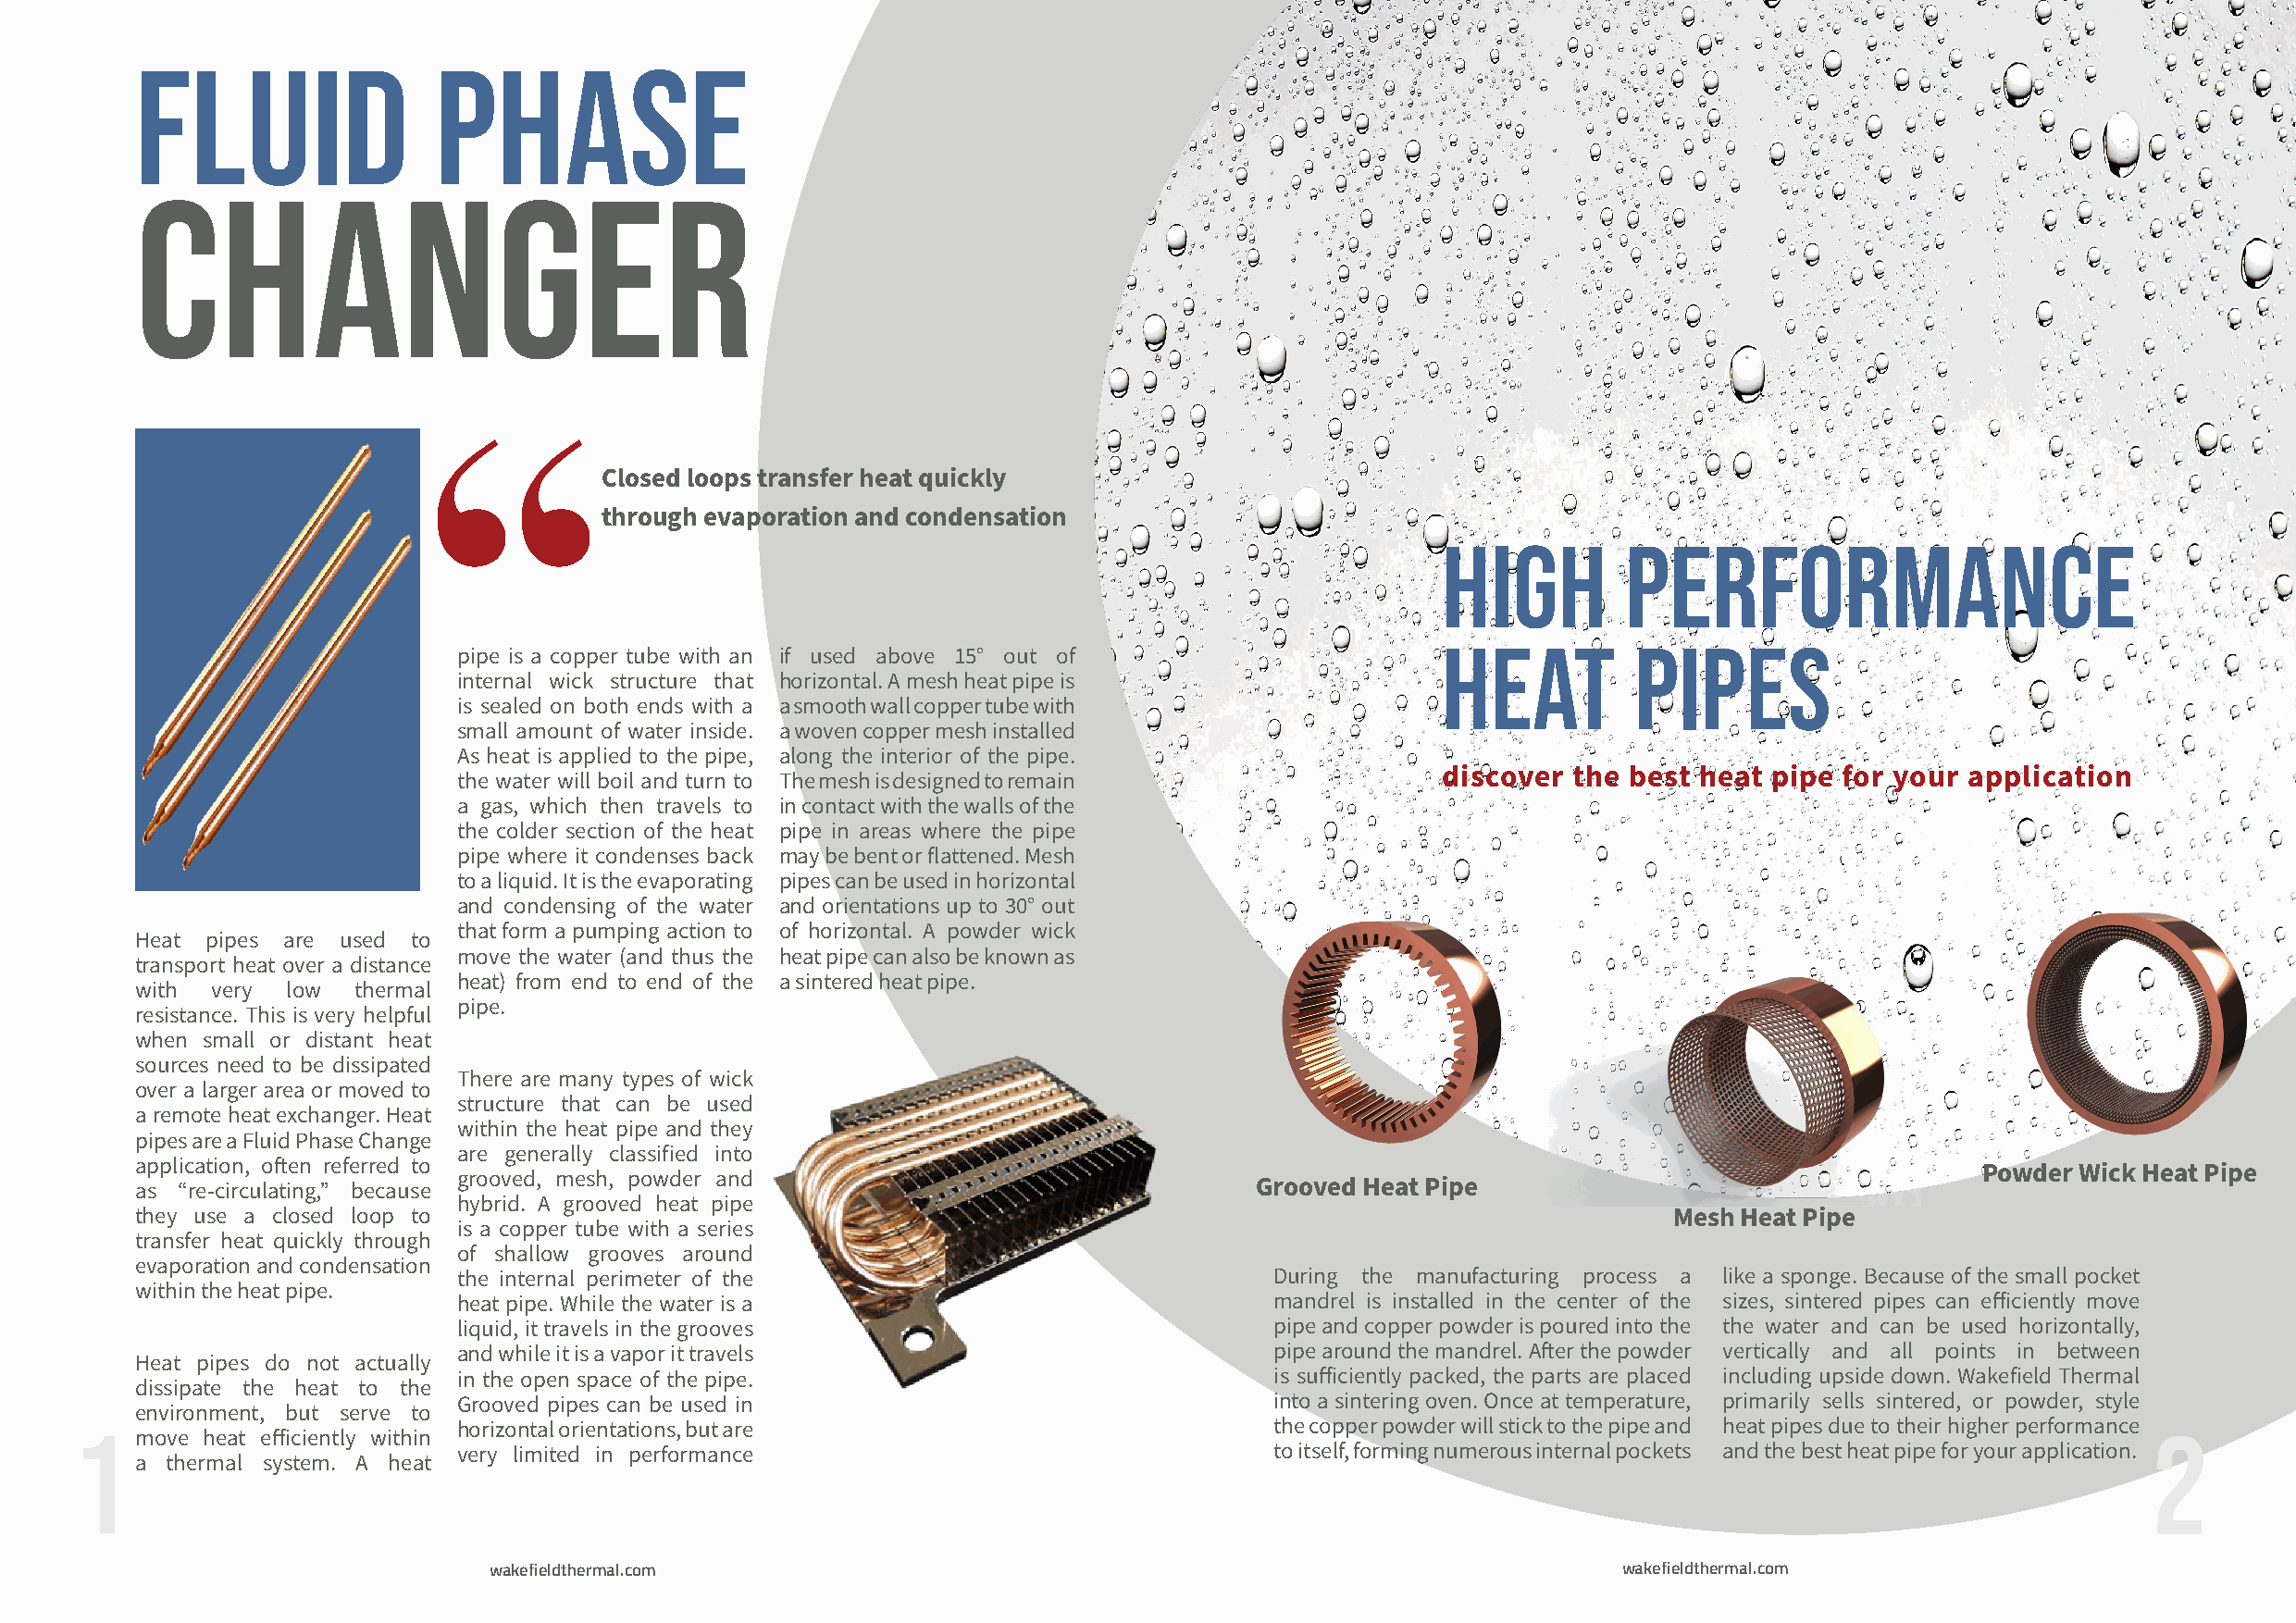
Fluid                phase
 changer
 “
 Closed loops transfer heat quickly
 through evaporation and condensation
 High         Performance
 Heat          Pipes
 pipe is a copper tube with an if used above 15° out of
 internal wick structure that horizontal. A mesh heat pipe is
 is sealed on both ends with a a smooth wall copper tube with
 small amount of water inside. a woven copper mesh installed
 As heat is applied to the pipe, along the interior of the pipe.
 discover the best heat  pipe for your application
 the water will boil and turn to The mesh is designed to remain
 a gas, which then travels to in contact with the walls of the
 the colder section of the heat pipe in areas where the pipe
 pipe where it condenses back may be bent or flattened. Mesh
 to a liquid. It is the evaporating pipes can be used in horizontal
 and condensing of the water and orientations up to 30° out
 that form a pumping action to of horizontal. A powder wick
 Heat pipes are used to
 move the water (and thus the heat pipe can also be known as
 transport heat over a distance
 heat) from end to end of the a sintered heat pipe.
 with very low  thermal
 pipe.
 resistance. This is very helpful
 when small or distant heat
 sources need to be dissipated
 There are many types of wick
 over a larger area or moved to
 structure that can be used
 a remote heat exchanger. Heat
 within the heat pipe and they
 pipes are a Fluid Phase Change
 are generally classified into
 application, often referred to
 Powder Wick Heat Pipe
 grooved, mesh, powder and
 as “re-circulating,” because                                                    Grooved Heat Pipe
 hybrid. A grooved heat pipe
 they use a closed loop to                                                                                     Mesh Heat Pipe
 is a copper tube with a series
 transfer heat quickly through
 of shallow grooves around
 evaporation and condensation
 the internal perimeter of the                             During the manufacturing process a like a sponge. Because of the small pocket
 within the heat pipe.
 heat pipe. While the water is a                           mandrel is installed in the center of the sizes, sintered pipes can efficiently move
 liquid, it travels in the grooves                         pipe and copper powder is poured into the the water and can be used horizontally,
 and while it is a vapor it travels                        pipe around the mandrel. After the powder vertically and all points in between
 Heat pipes do not actually
 in the open space of the pipe.                            is sufficiently packed, the parts are placed including upside down. Wakefield Thermal
 dissipate the heat to the
 Grooved pipes can be used in                              into a sintering oven. Once at temperature, primarily sells sintered, or powder, style
 environment, but serve to
 1                           horizontal orientations, but are                          the copper powder will stick to the pipe and heat pipes due to their higher performance 2
 move heat efficiently within
 very limited in performance                               to itself, forming numerous internal pockets and the best heat pipe for your application.
 a thermal system. A heat
 wakefieldthermal.com                                                             wakefieldthermal.com